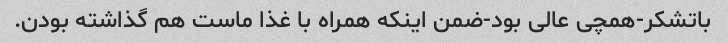
باتشکر-همچی عالی بود-ضمن اینکه همراه با غذا ماست هم گذاشته بودن.